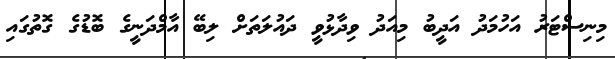
މިނިސްޓަރު އަހުމަދު އަދީބު މިއަދު ވިދާޅުވީ ދައުލަތަށް ލިބޭ އާމްދަނީގެ ބޮޑުގެ ގޮތުގައި